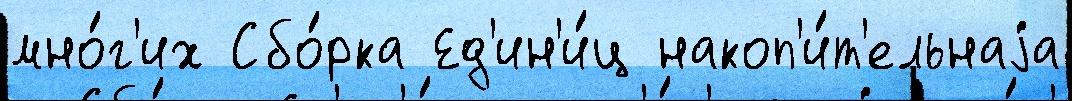
мно́г'их Сбо́рка Ед'ин'и́ц накоп'и́т'ельнаjа